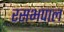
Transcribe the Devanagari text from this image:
रसभपाल